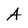
Character: A